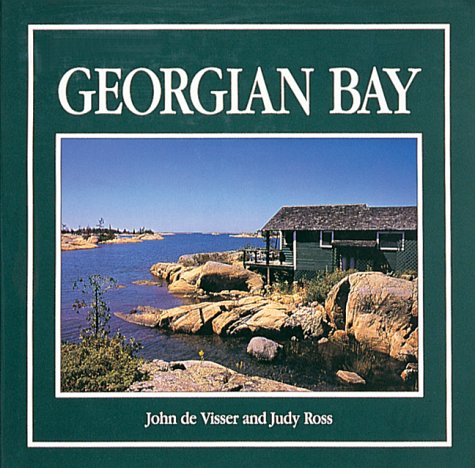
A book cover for Georgian Bay; Judy Ross; Travel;